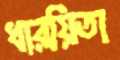
ধারয়িতা